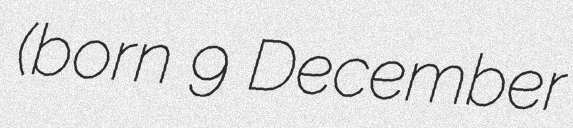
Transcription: (born 9 December